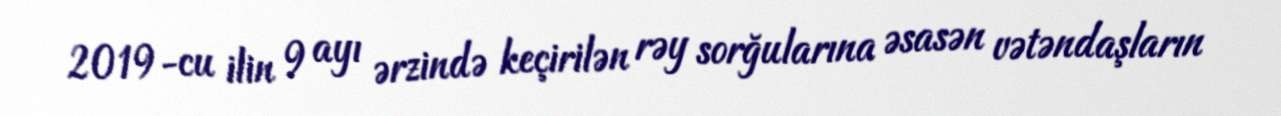
2019-cu ilin 9 ayı ərzində keçirilən rəy sorğularına əsasən vətəndaşların